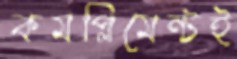
কমপ্লিমেন্টই